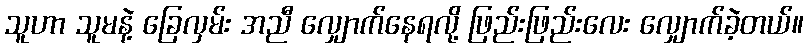
သူဟာ သူမနဲ့ ခြေလှမ်း အညီ လျှောက်နေရလို့ ဖြည်းဖြည်းလေး လျှောက်ခဲ့တယ်။